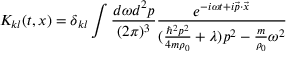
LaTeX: K _ { k l } ( t , x ) = \delta _ { k l } \int \frac { d \omega d ^ { 2 } p } { ( 2 \pi ) ^ { 3 } } \frac { e ^ { - i \omega t + i { \vec { p } } \cdot { \vec { x } } } } { ( \frac { \hbar ^ { 2 } p ^ { 2 } } { 4 m \rho _ { 0 } } + \lambda ) p ^ { 2 } - \frac { m } { \rho _ { 0 } } \omega ^ { 2 } }